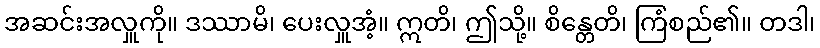
အဆင်းအလှူကို။ ဒဿာမိ၊ ပေးလှူအံ့။ ဣတိ၊ ဤသို့။ စိန္တေတိ၊ ကြံစည်၏။ တဒါ၊